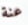
عنة